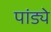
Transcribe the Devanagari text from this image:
पांड्ये